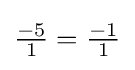
{\tfrac {-5}{1}}={\tfrac {-1}{1}}